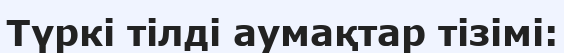
Түркі тілді аумақтар тізімі: